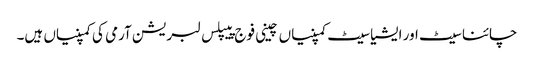
چائنا سیٹ اور ایشیا سیٹ کمپنیاں چینی فوج پیپلس لبریشن آرمی کی کمپنیاں ہیں۔